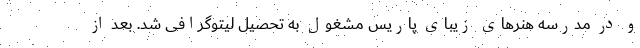
و در مدرسه هنرهای زیبای پاریس مشغول به تحصیل لیتوگرافی شد. بعد از